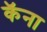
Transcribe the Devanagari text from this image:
कॅना